Report of the Bombay Plague Committee
Disease focus: Plague
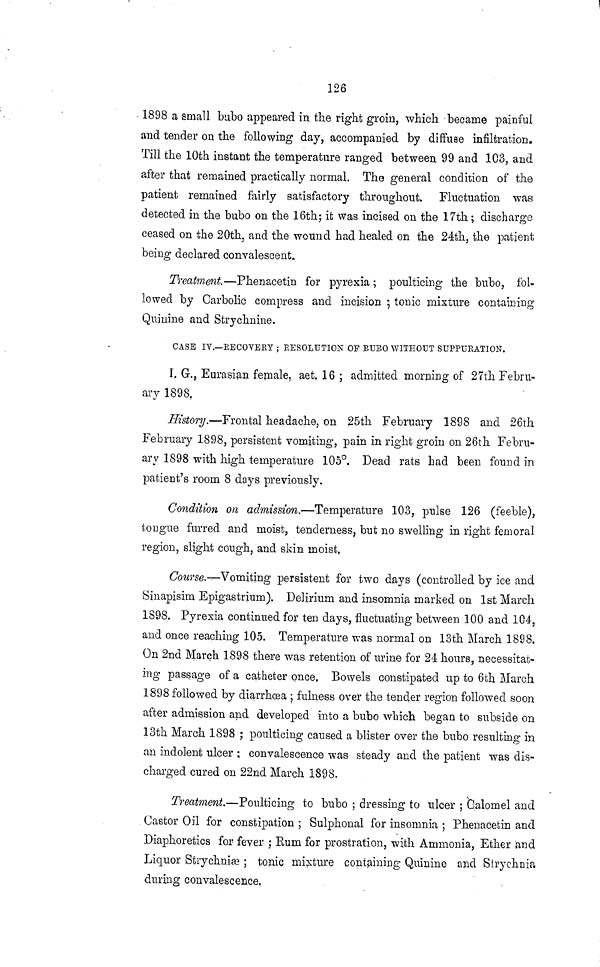
126
1898 a small bubo appeared in the right groin, which became painful
and tender on the following day, accompanied by diffuse infiltration.
Till the 10th instant the temperature ranged between 99 and 103, and
after that remained practically normal. The general condition of the
patient remained fairly satisfactory throughout. Fluctuation was
detected in the bubo on the 16th; it was incised on the 17th ; discharge
ceased on the 20th. and the wound had healed on the 24th, the patient
being declared convalescent.
Treatment.—Phenacetin for pyrexia ; poulticing the bubo, fol-
lowed by Carbolic compress and incision ; tonic mixture containing
Quinine and Strychnine.
CASE IV.—RECOVERY ; RESOLUTION OF BUBO WITHOUT SUPPURATION.
I, G., Eurasian female, aet, 16 ; admitted morning of 27th Febru-
ary 1898.
History.—Frontal headache, on 25th February 1898 and 26th
February 1898, persistent vomiting, pain in right groin on 26th Febru-
ary 1898 with high temperature 105°. Dead rats had been found in
patient's room 8 days previously.
Condition on admission.—Temperature 103, pulse 126 (feeble),
tongue furred and moist, tenderness, but no swelling in right femoral
region, slight cough, and skin moist.
Course.—Vomiting persistent for two days (controlled by ice and
Sinapisim Epigastrium). Delirium and insomnia marked on 1st March
1898. Pyrexia continued for ten days, fluctuating between 100 and 104,
and once reaching 105. Temperature was normal on 13th March 1898.
On 2nd March 1898 there was retention of urine for 24 hours, necessitat-
ing passage of a catheter once. Bowels constipated up to 6th March
1898 followed by diarrhœa ; fulness over the tender region followed soon
after admission and developed into a bubo winch began to subside on
13th March 1898 ; poulticing caused a blister over the bubo resulting in
an indolent ulcer ; convalescence was steady and the patient was dis-
charged cured on 22nd March 1898.
Treatment.—Poulticing to bubo ; dressing to ulcer ; Calomel and
Castor Oil for constipation ; Sulphonal for insomnia ; Phenacetin and
Diaphoretics for fever ; Rum for prostration, with Ammonia, Ether and
Liquor Strychniæ ; tonic mixture containing Quinine and Strychnia
during convalescence,